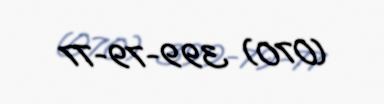
(070) 399-79-77